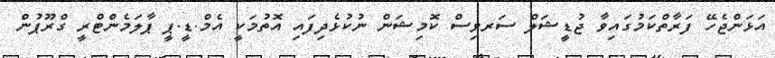
އަޅަންޖެހޭ ފަރާތްކަމުގައިވާ ޖުޑީޝަލް ސަރވިސް ކޮމިޝަން ނުކުޅެދިފައި އޮތުމަކީ އެމް.ޑީ.ޕީ ޕާލަމެންޓްރީ ގްރޫޕުން